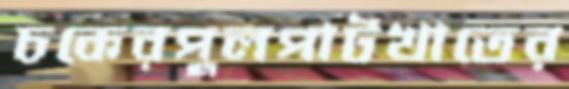
চকেরপুলপাটখাতের